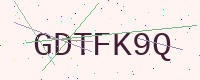
Text: GDTFK9Q